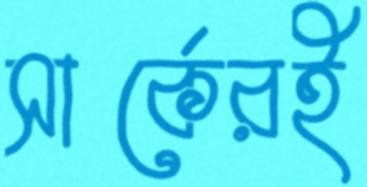
সার্কেরই